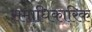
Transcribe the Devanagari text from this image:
समाधिकारिक